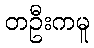
တဦးကမူ